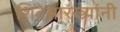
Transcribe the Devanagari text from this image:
शिंदेसारख्यांनी